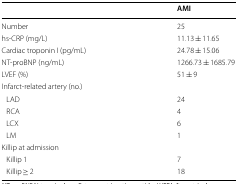
<table><thead><tr><td>[EMPTY_CELL]</td><td><b>AMI</b></td></tr></thead><tbody><tr><td>Number</td><td>25</td></tr><tr><td>hs-CRP (mg/L)</td><td>11.13 ± 11.65</td></tr><tr><td>Cardiac troponin I (pg/mL)</td><td>24.78 ± 15.06</td></tr><tr><td>NT-proBNP (ng/mL)</td><td>1266.73 ± 1685.79</td></tr><tr><td>LVEF (%)</td><td>51 ± 9</td></tr><tr><td colspan="2">Infarct-related artery (no.)</td></tr><tr><td> LAD</td><td>24</td></tr><tr><td> RCA</td><td>4</td></tr><tr><td> LCX</td><td>6</td></tr><tr><td> LM</td><td>1</td></tr><tr><td colspan="2">Killip at admission</td></tr><tr><td> Killip 1</td><td>7</td></tr><tr><td> Killip ≥ 2</td><td>18</td></tr></tbody></table>